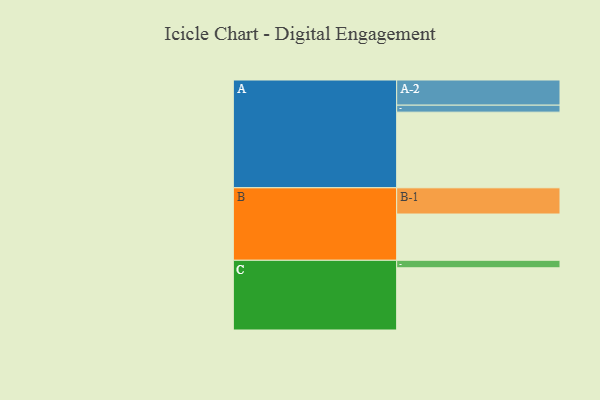
{"axis": {"x": "Segment", "y": "Value"}, "legend": ["", "A", "B", "C"], "data": [{"x": "A", "y": 574, "type": ""}, {"x": "B", "y": 351, "type": ""}, {"x": "C", "y": 472, "type": ""}, {"x": "A-1", "y": 53, "type": "A"}, {"x": "A-2", "y": 191, "type": "A"}, {"x": "B-1", "y": 199, "type": "B"}, {"x": "C-1", "y": 57, "type": "C"}]}